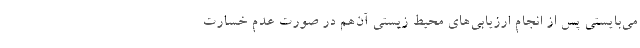
می‌بایستی پس از انجام ارزیابی‌های محیط زیستی آن‌هم در صورت عدم خسارت